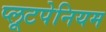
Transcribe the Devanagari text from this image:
प्लूटपेनियम